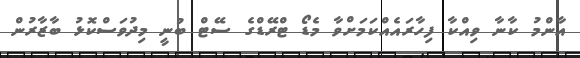
އާންމު ކާނާ ވިއްކާ ފިހާރައެއްކަމަށްވާ މެޑޯ ޓްރޭޑްގެ ސޭޓް ބުނީ މިދުވަސްކޮޅު ބާޒާރުން